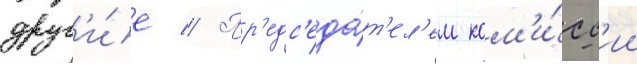
друг'и́е // Пр'едс'еда́т'ел'ем ком'и́сс'ии